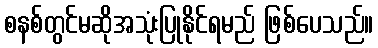
စနစ်တွင်မဆိုအသုံးပြုနိုင်ရမည် ဖြစ်ပေသည်။